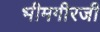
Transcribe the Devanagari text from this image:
भीमगीरजी